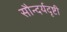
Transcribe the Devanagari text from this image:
सौन्दर्यदृष्टी